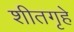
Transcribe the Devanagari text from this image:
शीतगृहे